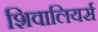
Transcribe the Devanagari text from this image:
शिवालियर्स